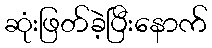
ဆုံးဖြတ်ခဲ့ပြီးနောက်